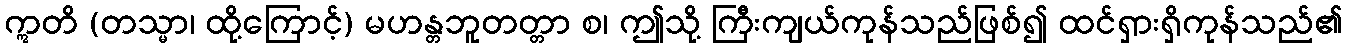
ဣတိ (တသ္မာ၊ ထို့ကြောင့်) မဟန္တဘူတတ္တာ စ၊ ဤသို့ ကြီးကျယ်ကုန်သည်ဖြစ်၍ ထင်ရှားရှိကုန်သည်၏